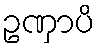
ဥဏှာပိ